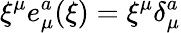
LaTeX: \xi^{\mu}e_{\mu}^{a}(\xi)=\xi^{\mu}\delta_{\mu}^{a}